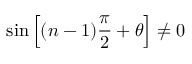
\sin \left[ ( n - 1 ) \frac { \pi } { 2 } + \theta \right] \neq 0